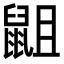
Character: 𮮭